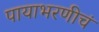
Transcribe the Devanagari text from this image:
पायाभरणीचं